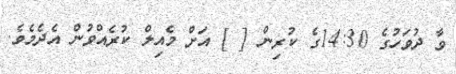
ވާ ދުވަހުގެ 14:30ގެ ކުރިން [ ] އަށް މެއިލް ކުރެއްވުން އެދެމެވެ.